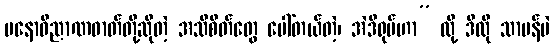
မနောဝိညာဏဓာတ်တို့ဆိုတဲ့ အသိစိတ်တွေ ပေါ်တယ်တဲ့၊ အဲဒီရုပ်ဟာ” လို့ ဒီလို သာမန်ပဲ